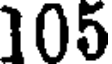
105